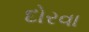
દોરવા